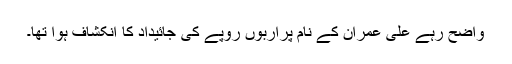
واضح رہے علی عمران کے نام پراربوں روپے کی جائیداد کا انکشاف ہوا تھا۔